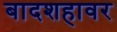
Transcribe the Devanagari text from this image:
बादशहावर